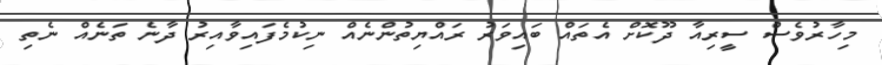
މިހާރުވެސް ސީރިއާ ދޫކޮށް އެތައް ބައިވަރު ރައްޔިތުންނެއް ނިކުމެފައިވާއިރު ދާނެ ތަނެއް ނެތި